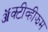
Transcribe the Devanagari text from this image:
ॲक्टीव्हीझम